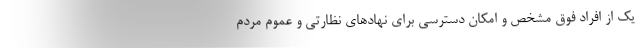
یک از افراد فوق مشخص و امکان دسترسی برای نهادهای نظارتی و عموم مردم